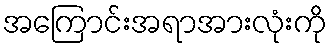
အကြောင်းအရာအားလုံးကို